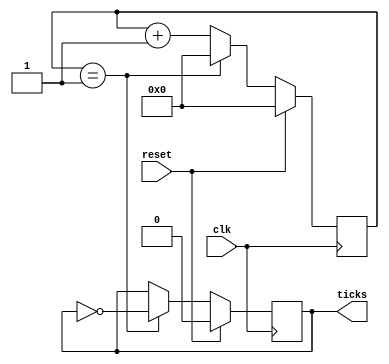
module sent_tx_gen_ticks(
	input clk,
	input reset,
	output reg ticks
	);

	localparam divide = 4;
	reg [7:0] counter = 0;

	always @(posedge clk) begin
		if(reset) begin
			ticks <= 0;
			counter <= 0;
		end
		else begin
			if (counter == (divide/2) - 1) begin
				ticks <= ~ticks;
				counter <= 0;
			end
			else counter <= counter + 1;
		end
	end
endmodule